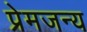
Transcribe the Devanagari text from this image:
प्रेमजन्य